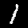
Label: 1